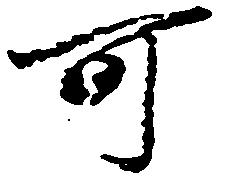
可